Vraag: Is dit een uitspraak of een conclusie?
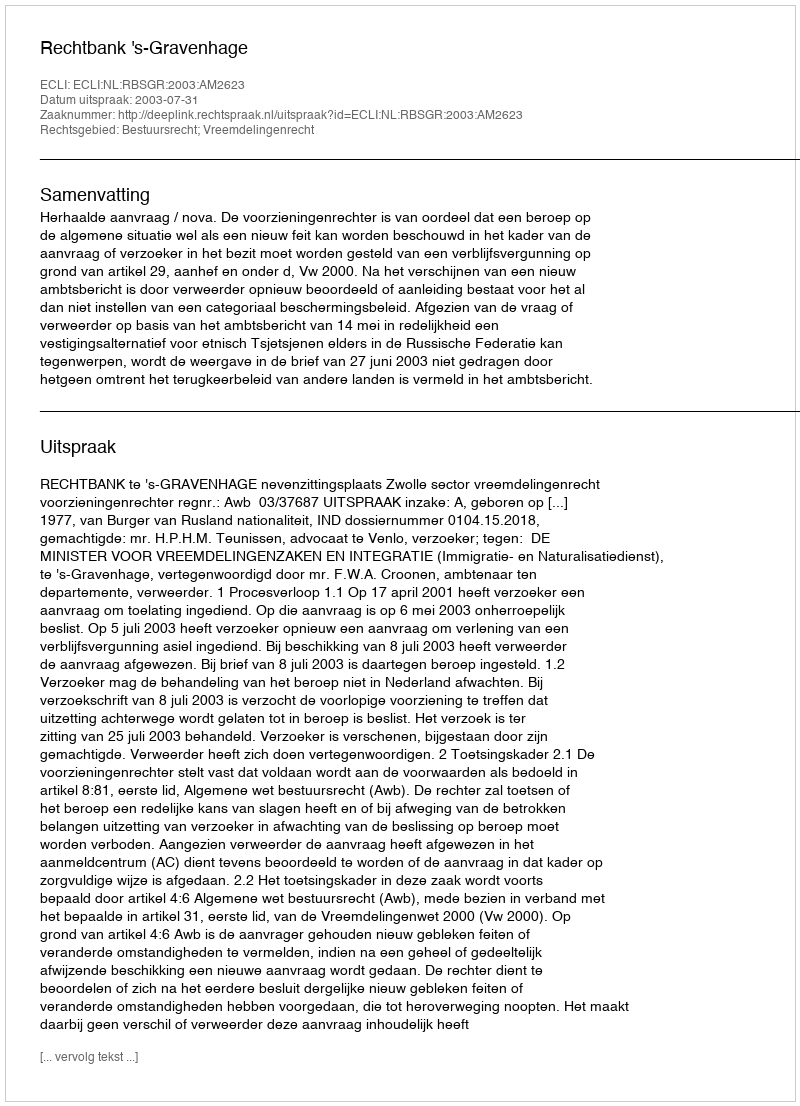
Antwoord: Uitspraak